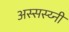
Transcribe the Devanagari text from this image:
अस्सस्य्नी